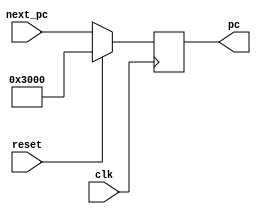
`timescale 1ns / 1ps
//////////////////////////////////////////////////////////////////////////////////
// Company: 
// Engineer: 
// 
// Design Name: 
// Module Name:    pc 
// Project Name: 
// Target Devices: 
// Tool versions: 
// Description: 
//
// Dependencies: 
//
// Revision: 
// Revision 0.01 - File Created
// Additional Comments: 
//
//////////////////////////////////////////////////////////////////////////////////
module pc(
    input [31:0] next_pc,
    input clk,
    input reset,
    output reg[31:0] pc
    );

	always@(posedge clk) begin
		if(reset) begin
			pc <= 32'h00003000;
		end
		else begin
			pc <= next_pc;
		end
	end
endmodule